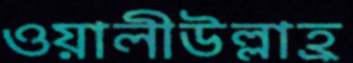
ওয়ালীউল্লাহ্র